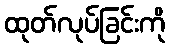
ထုတ်လုပ်ခြင်းကို